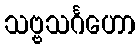
သဗ္ဗသင်္ဂဟော